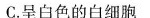
C.呈白色的白细胞